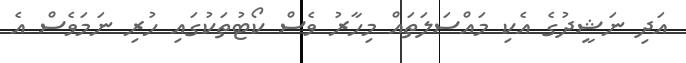
އަދި ނަޝީދުގެ އެކި މައްސަލަތައް މިހާރު ވެސް ކޯޓުތަކުގައި ހުރި ނަމަވެސް އެ